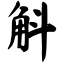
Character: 斛